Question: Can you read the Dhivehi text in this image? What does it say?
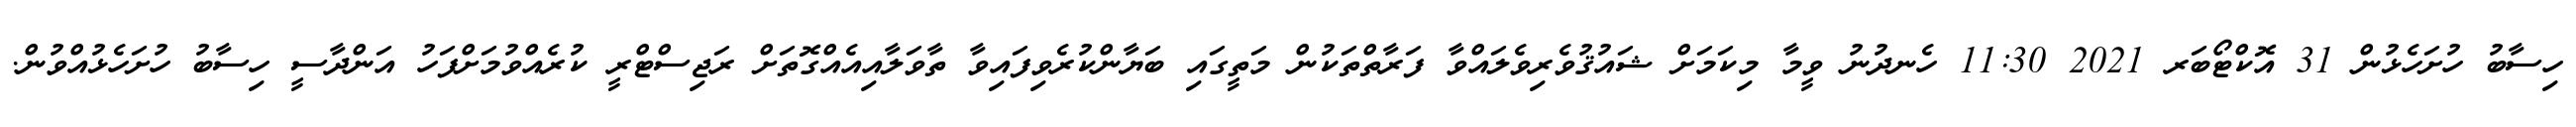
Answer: ހިސާބު ހުށަހެޅުން 31 އޮކްޓޯބަރ 2021 11:30 ހެނދުނު ވީމާ މިކަމަށް ޝައުޤުވެރިވެލައްވާ ފަރާތްތަކުން މަތީގައި ބަޔާންކުރެވިފައިވާ ތާވަލާއިއެއްގޮތަށް ރަޖިސްޓްރީ ކުރެއްވުމަށްފަހު އަންދާސީ ހިސާބު ހުށަހެޅުއްވުން.